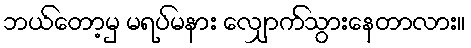
ဘယ်တော့မှ မရပ်မနား လျှောက်သွားနေတာလား။